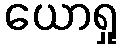
ယောရှု